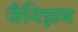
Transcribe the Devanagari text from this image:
जैनिझम